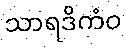
သာရဒိကံဝ